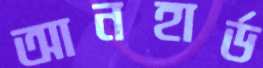
আনহার্ড